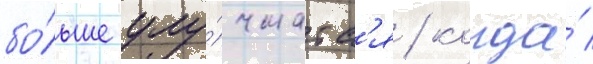
бо́льше улу́чшатс'я / когда́